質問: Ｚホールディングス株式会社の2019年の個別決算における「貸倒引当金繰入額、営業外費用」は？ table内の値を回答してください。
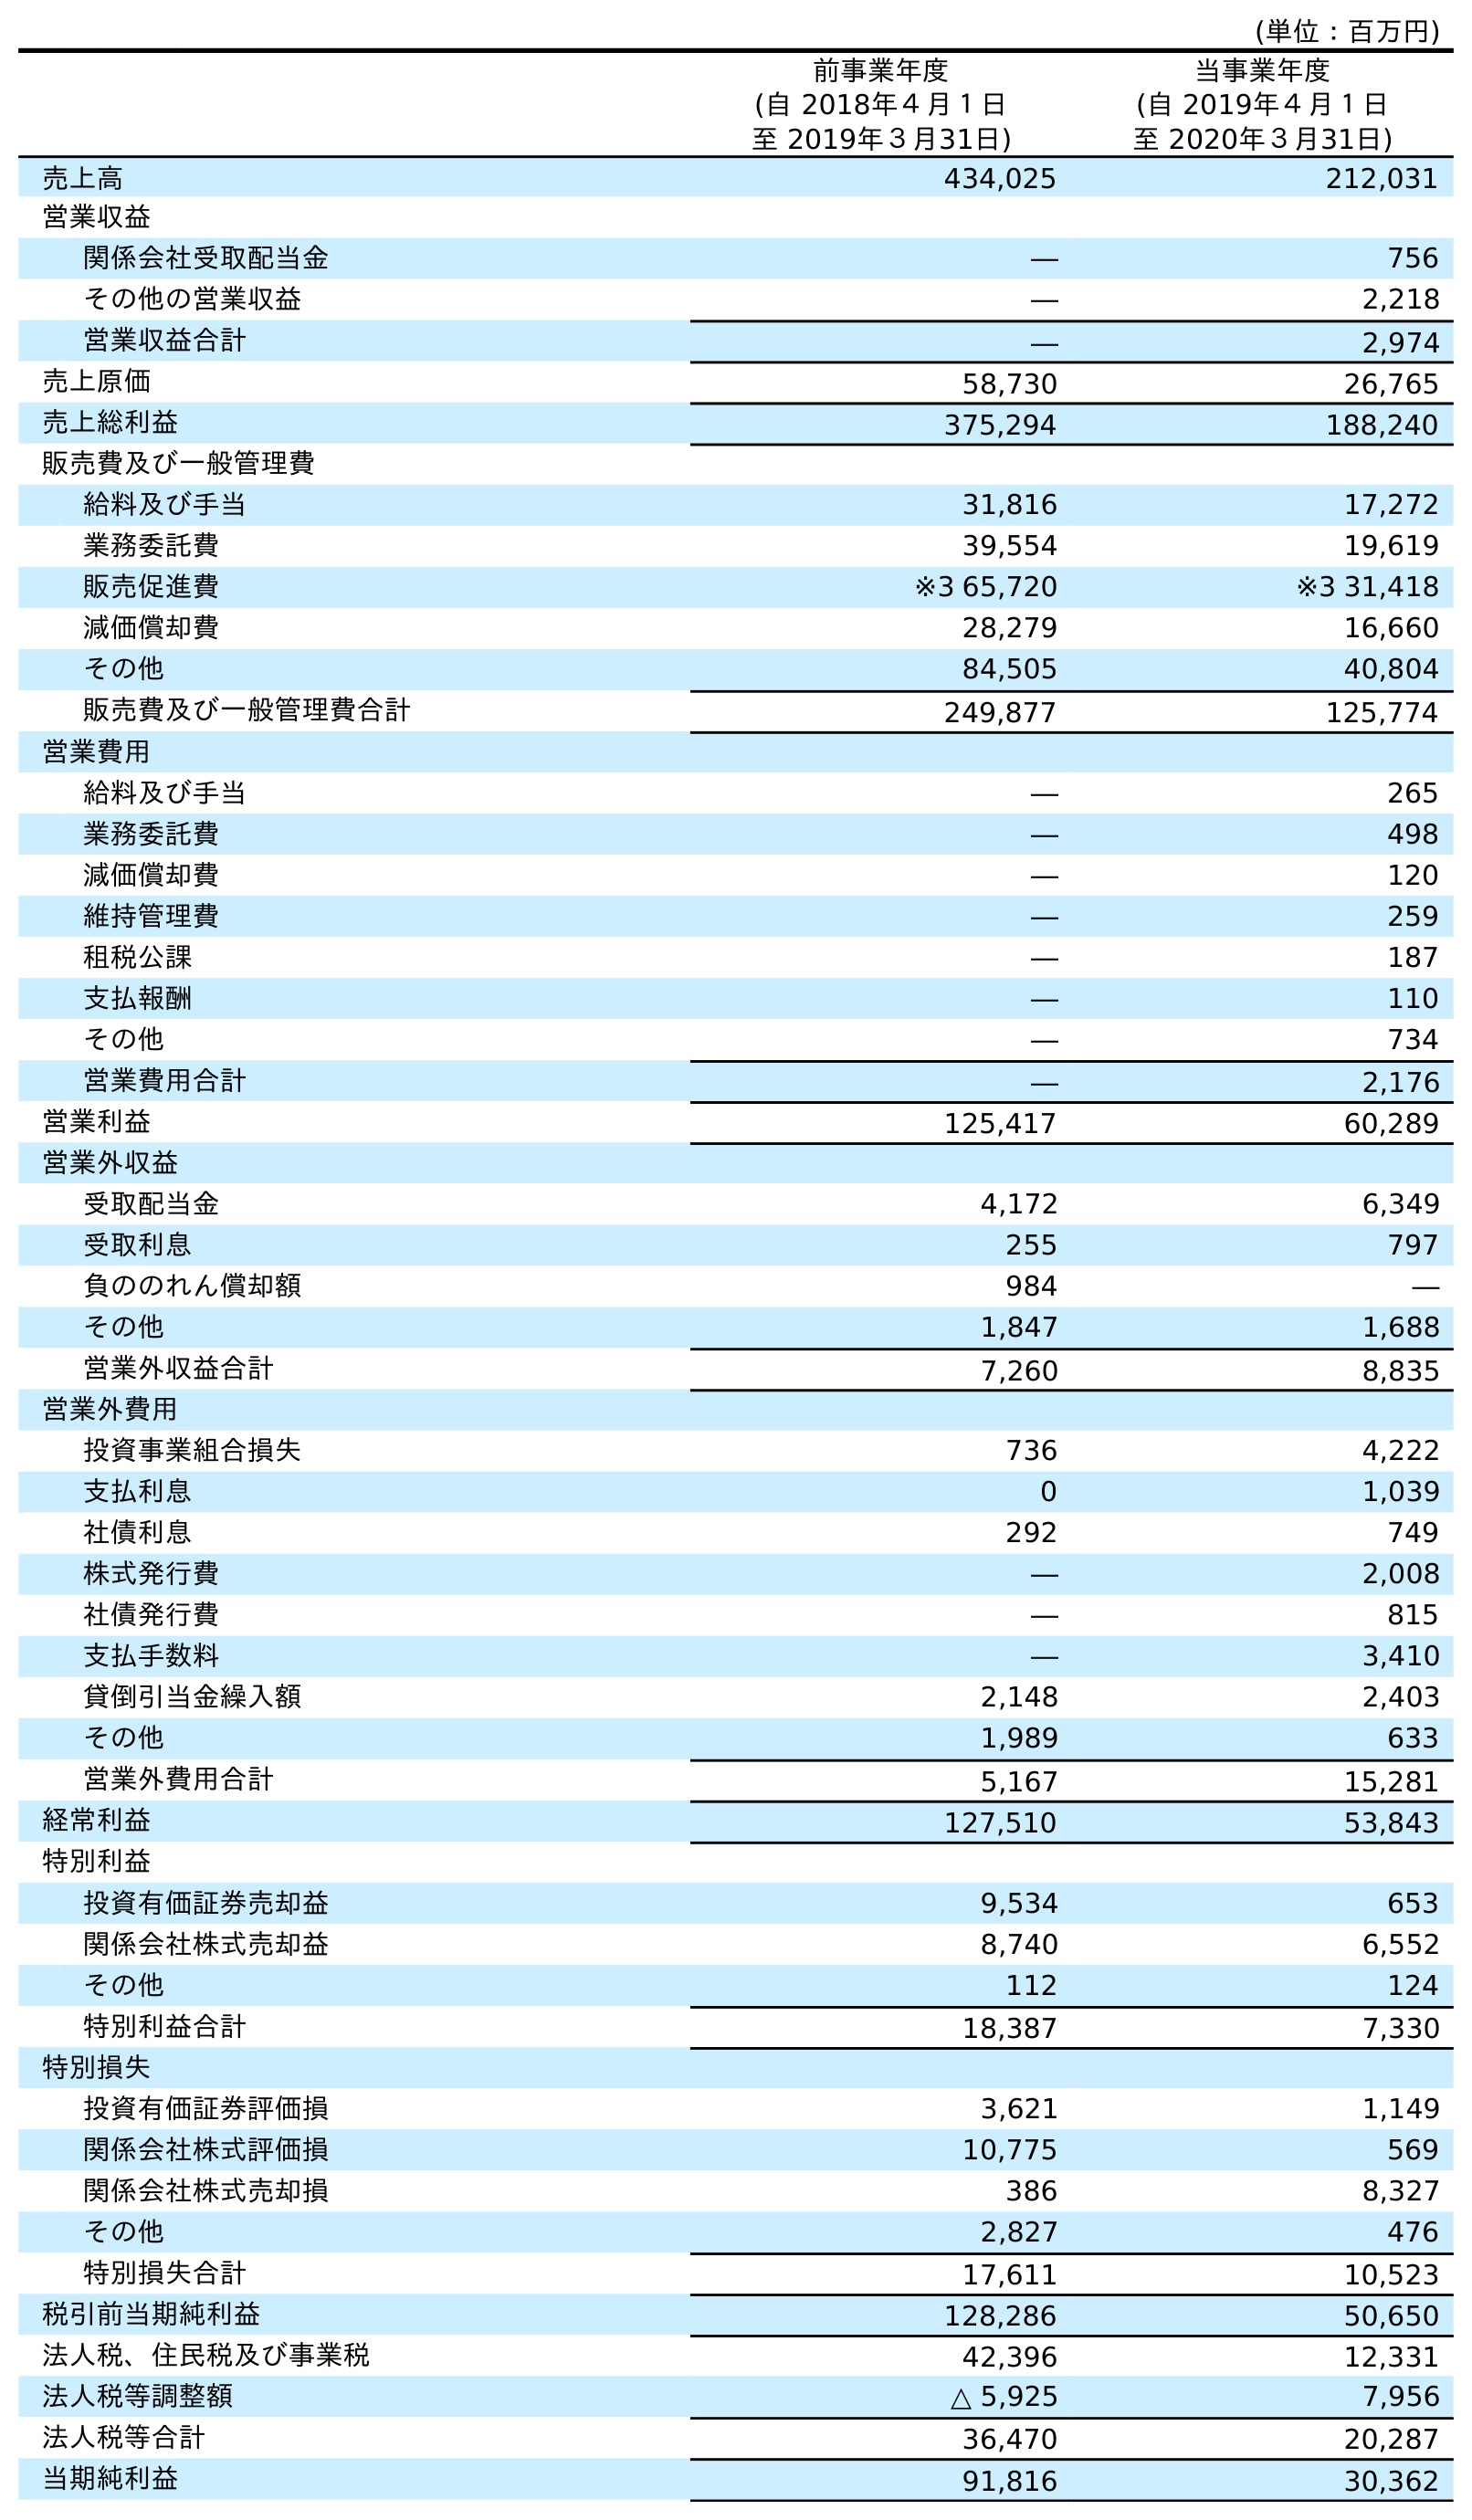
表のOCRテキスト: (単位：百万円) 前事業年度 (自 2018年４月１日 至 2019年３月31日) 当事業年度 (自 2019年４月１日 至 2020年３月31日) 売上高 434,025 212,031 営業収益 関係会社受取配当金 ― 756 その他の営業収益 ― 2,218 営業収益合計 ― 2,974 売上原価 58,730 26,765 売上総利益 375,294 188,240 販売費及び一般管理費 給料及び手当 31,816 17,272 業務委託費 39,554 19,619 販売促進費 ※3 65,720 ※3 31,418 減価償却費 28,279 16,660 その他 84,505 40,804 販売費及び一般管理費合計 249,877 125,774 営業費用 給料及び手当 ― 265 業務委託費 ― 498 減価償却費 ― 120 維持管理費 ― 259 租税公課 ― 187 支払報酬 ― 110 その他 ― 734 営業費用合計 ― 2,176 営業利益 125,417 60,289 営業外収益 受取配当金 4,172 6,349 受取利息 255 797 負ののれん償却額 984 ― その他 1,847 1,688 営業外収益合計 7,260 8,835 営業外費用 投資事業組合損失 736 4,222 支払利息 0 1,039 社債利息 292 749 株式発行費 ― 2,008 社債発行費 ― 815 支払手数料 ― 3,410 貸倒引当金繰入額 2,148 2,403 その他 1,989 633 営業外費用合計 5,167 15,281 経常利益 127,510 53,843 特別利益 投資有価証券売却益 9,534 653 関係会社株式売却益 8,740 6,552 その他 112 124 特別利益合計 18,387 7,330 特別損失 投資有価証券評価損 3,621 1,149 関係会社株式評価損 10,775 569 関係会社株式売却損 386 8,327 その他 2,827 476 特別損失合計 17,611 10,523 税引前当期純利益 128,286 50,650 法人税、住民税及び事業税 42,396 12,331 法人税等調整額 △ 5,925 7,956 法人税等合計 36,470 20,287 当期純利益 91,816 30,362
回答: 2,148